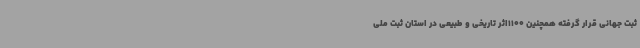
ثبت جهانی قرار گرفته همچنین 1100اثر تاریخی و طبیعی در استان ثبت ملی